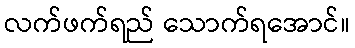
လက်ဖက်ရည် သောက်ရအောင်။